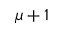
\mu + 1